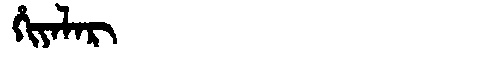
Manchu: ᡥᡳᠶᠠᠯᠠᡵ
Romanization: HIYALAR